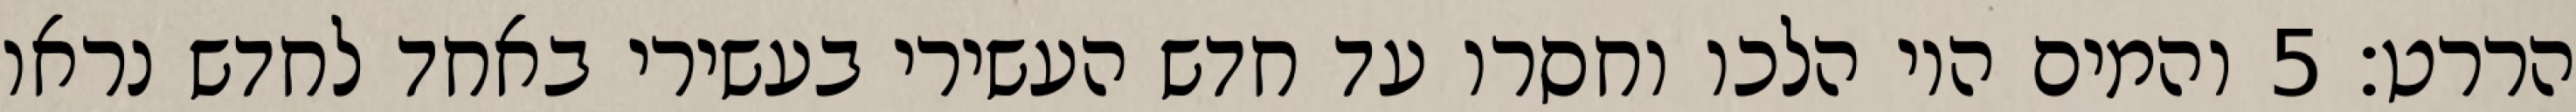
הררט׃ ‎5‏ והמים היו הלכו וחסרו עד חדש העשירי בעשירי באחד לחדש נראו